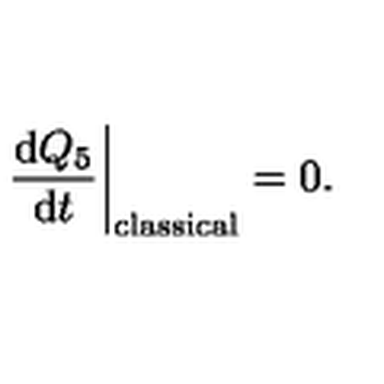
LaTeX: \left. \frac { \mathrm { d } Q _ { 5 } } { \mathrm { d } t } \right| _ { \mathrm { c l a s s i c a l } } = 0 .